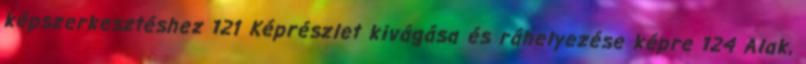
képszerkesztéshez 121 Képrészlet kivágása és ráhelyezése képre 124 Alak,